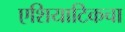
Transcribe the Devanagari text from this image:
एशियाटिकचा